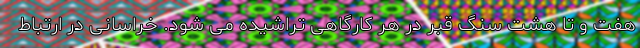
هفت و تا هشت سنگ قبر در هر کارگاهی تراشیده می شود. خراسانی در ارتباط